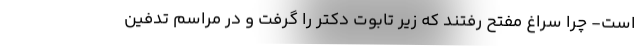
است- چرا سراغ مفتح رفتند که زیر تابوت دکتر را گرفت و در مراسم تدفین